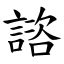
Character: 諮